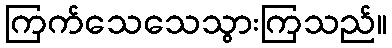
ကြက်သေသေသွားကြသည်။